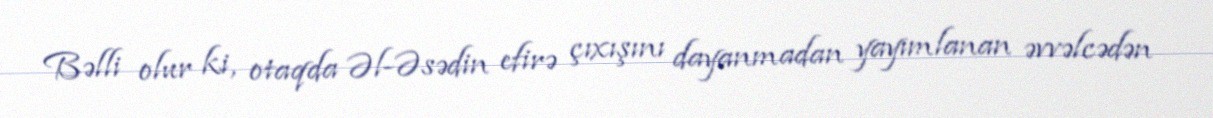
Bəlli olur ki, otaqda Əl-Əsədin efirə çıxışını dayanmadan yayımlanan əvvəlcədən